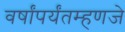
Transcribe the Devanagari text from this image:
वर्षांपर्यंतम्हणजे